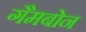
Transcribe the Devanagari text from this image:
गैमबोन